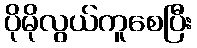
ပိုမိုလွယ်ကူစေပြီး